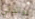
بوالدتي